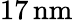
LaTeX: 17\, \mathrm{nm}